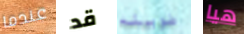
عندما قد طويله هيا